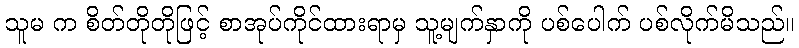
သူမ က စိတ်တိုတိုဖြင့် စာအုပ်ကိုင်ထားရာမှ သူ့မျက်နှာကို ပစ်ပေါက် ပစ်လိုက်မိသည်။